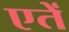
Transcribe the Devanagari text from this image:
एतें